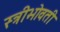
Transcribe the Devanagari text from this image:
स्त्रीभोवती